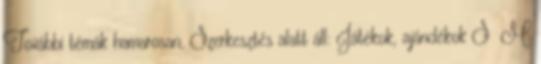
További témák hamarosan, Szerkesztés alatt áll: Játékok, ajándékok S M